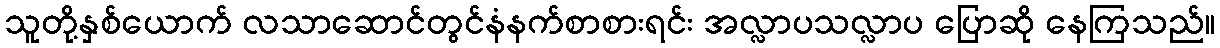
သူတို့နှစ်ယောက် လသာဆောင်တွင်နံနက်စာစားရင်း အလ္လာပသလ္လာပ ပြောဆို နေကြသည်။